Annual report on the working of the lock hospitals in the North-Western Provinces and Oudh
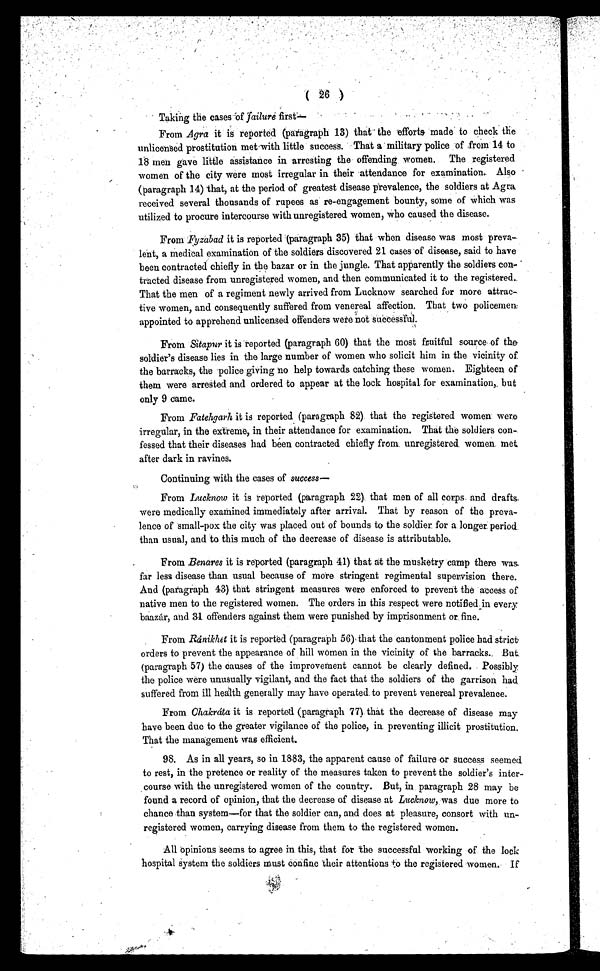
2( 06 )
Taking the cases of failure first—
From Agra it is reported (paragraph 13) that the efforts made to check the
unlicensed prostitution met with little success. That a military police of ,from 14 to
18 men gave little assistance in arresting the offending women. The registered
women of the city were most irregular in their attendance for examination. Also
(paragraph 14) that, at the period of greatest disease prevalence, the soldiers at Agra
received several thousands of rupees as re-engagement bounty, some of which was
utilized to procure intercourse with unregistered women, who caused the disease.
From Fyzabad it is reported (paragraph 35) that when disease was most preva-
lent, a medical examination of the soldiers discovered 21 cases of disease, said to have
been contracted chiefly in the bazar or in the jungle. That apparently the soldiers con-
tracted disease from unregistered women, and then communicated it to the registered..
That the men of a regiment newly arrived from Lucknow searched for more attrac-
tive women, and consequently suffered from venereal affection. That two policemen:
appointed to apprehend unlicensed offenders were not successful.
From Sitapur it is reported (paragraph 60) that the most fruitful source of the
soldier's disease lies in the large number of women who solicit him in the vicinity of
the barracks, the police giving no help towards catching these women. Eighteen of
them were arrested and ordered to appear at the lock hospital for examination, but
only 9 came.
From Fatehgarh it is reported (paragraph 82) that the registered women were
irregular, in the extreme, in their attendance for examination. That the soldiers con-
fessed that their diseases had been contracted chiefly from unregistered, women met.
after dark in ravines.
Continuing with the cases of success—
From Lucknow it is reported (paragraph 22) that men of all corps. and drafts.
were medically examined immediately after arrival. That by reason of the preva-
lence of small-pox the city was placed out of bounds to the soldier for a longer period.
than usual, and to this much of the decrease of disease is attributable.
From Benares it is reported (paragraph 41) that at the musketry camp there was-
far less disease than usual because of more stringent regimental supervision there.
And (paragraph 43) that stringent measures were enforced to prevent the access of
native men to the registered women. The orders in this respect were notified in every
baazár, and 31 offenders against them were punished by imprisonment or, fine.
From Ránikhet it is reported (paragraph 56) that the cantonment police had strict
orders to prevent the appearance of hill women in the vicinity of the barracks. But
(paragraph 57) the causes of the improvement cannot be clearly defined. Possibly
the police were unusually vigilant, and the fact that the soldiers of the garrison had
suffered from ill health generally may have operated to prevent venereal prevalence.
From Chakráta it is reported (paragraph 77) that the decrease of disease may
have been due to the greater vigilance of the police, in preventing illicit prostitution.
That the management was efficient.
98. As in all years, so in 1883, the apparent cause of failure or success seemed
to rest, in the pretence or reality of the measures taken to prevent the soldier's inter-
course with the unregistered women of the country. But, in paragraph 28 may be
found a record of opinion, that the decrease of disease at Lucknow, was due more to
chance than system—for that the soldier can, and does at pleasure, consort with un-
registered women, carrying disease from them to the registered women.
•
A All opinions seems to agree in this, that for the successful working of the lock
hospital system the soldiers must Confine their attentions to the registered women. If